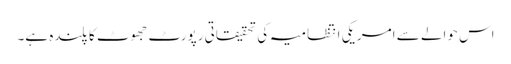
اس حوالے سے امریکی انتظامیہ کی تحقیقاتی رپورٹ جھوٹ کا پلندہ ہے۔